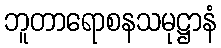
ဘူတာရောစနသမုဋ္ဌာနံ